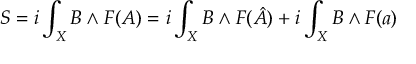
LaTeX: S = i \int _ { X } B \wedge { } F ( A ) = i \int _ { X } B \wedge { } F ( \hat { A } ) + i \int _ { X } B \wedge { } F ( a )